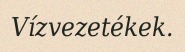
Vízvezetékek.